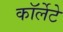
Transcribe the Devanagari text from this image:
कॉर्लेटे